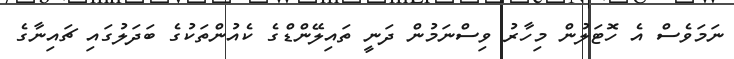
ނަމަވެސް އެ ހޮޓަލުން މިހާރު ވިސްނަމުން ދަނީ ތައިލޭންޑްގެ ކެއުންތަކުގެ ބަދަލުގައި ޗައިނާގެ